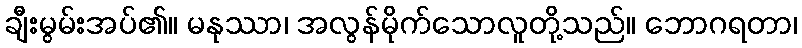
ချီးမွမ်းအပ်၏။ မနုဿာ၊ အလွန်မိုက်သောလူတို့သည်။ ဘောဂရတာ၊